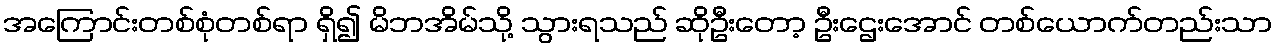
အကြောင်းတစ်စုံတစ်ရာ ရှိ၍ မိဘအိမ်သို့ သွားရသည် ဆိုဦးတော့ ဦးဌေးအောင် တစ်ယောက်တည်းသာ